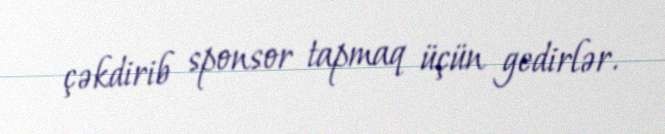
çəkdirib sponsor tapmaq üçün gedirlər.